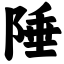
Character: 陲